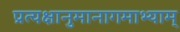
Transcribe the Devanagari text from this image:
प्रत्यक्षानुमानागमाभ्याम्